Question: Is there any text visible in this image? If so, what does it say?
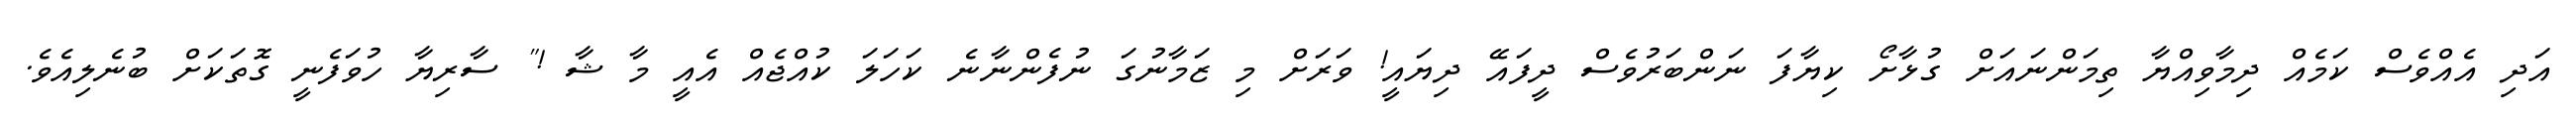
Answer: އަދި އެއްވެސް ކަމެއް ދިމާވިއްޔާ ތިމަންނައަށް ގުޅާށޯ ކިޔާފަ ނަންބަރުވެސް ދީފައޭ ދިޔައީ! ވަރަށް މި ޒަމާނުގަ ނުފެންނާނެ ކަހަލަ ކުއްޖެއް އެއީ މާ ޝާ !" ސާރިޔާ ހުވަފެނީ ގޮތަކަށް ބުނެލިއެވެ.